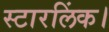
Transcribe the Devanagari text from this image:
स्टारलिंक।